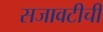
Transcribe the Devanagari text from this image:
सजावटीची